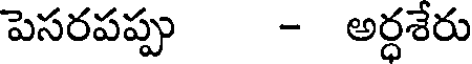
పెసరపప్పు - అర్ధశేరు